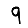
Digit: 9